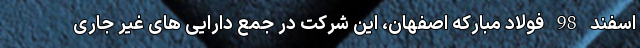
اسفند 98 فولاد مبارکه اصفهان، این شرکت در جمع دارایی های غیر جاری